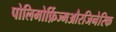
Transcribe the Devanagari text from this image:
पोलिमोर्फ़िज्मऔरजिनेरिक